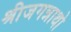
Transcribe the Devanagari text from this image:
श्रीजगन्नाथो